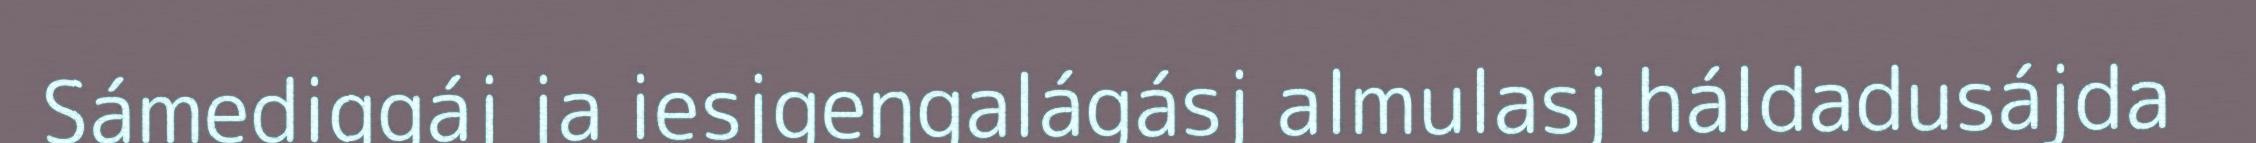
Sámediggáj ja iesjgeŋgalágásj almulasj háldadusájda